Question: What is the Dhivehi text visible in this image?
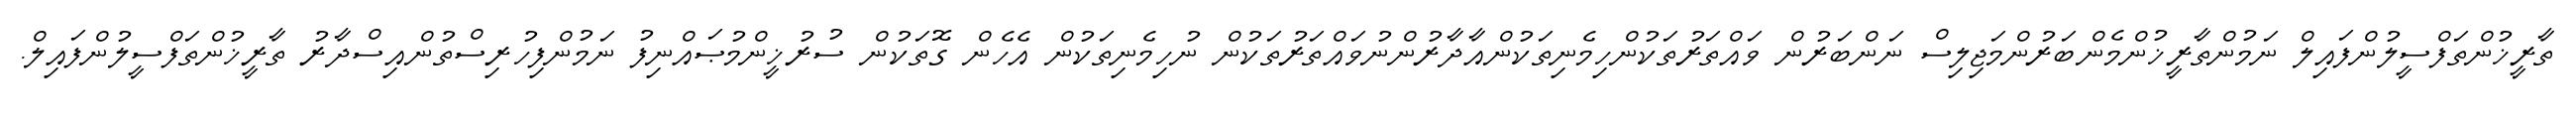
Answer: ތާރީޚުންތަފްސީލުންފައިލް ނަމުންތާރީޚުންމެންބަރުންމަޖިލިސް ނަންބަރުން ވައްތަރުތަކުންހިމެނިތަކުންއާދާރުންނުވައްތަރުތަކުން ނުހިމެނިތަކުން އެހެން ގޮތަކުން ސުރުޚީންމުޞައްނިފު ނަމުންފިހުރިސްތުންއިސްދާރު ތާރީޚުންތަފްސީލުންފައިލް.